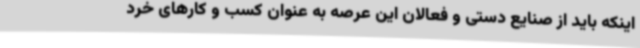
اینکه باید از صنایع دستی و فعالان این عرصه به عنوان کسب و کارهای خرد